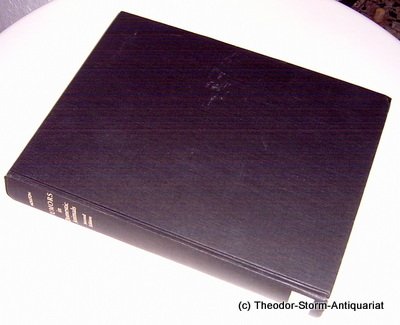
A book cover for Tumors in Domestic Animals; Medical Books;